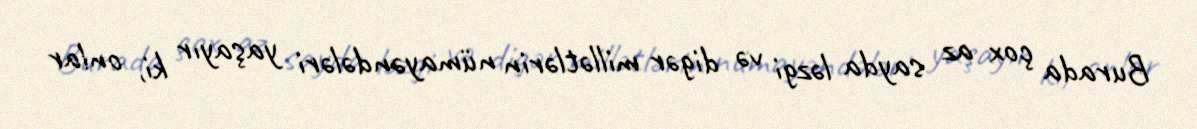
Burada çox az sayda ləzgi və digər millətlərin nümayəndələri yaşayır ki, onlar